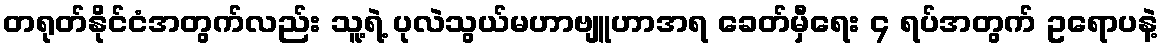
တရုတ်နိုင်ငံအတွက်လည်း သူ့ရဲ့ ပုလဲသွယ်မဟာဗျူဟာအရ ခေတ်မှီရေး ၄ ရပ်အတွက် ဥရောပနဲ့